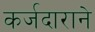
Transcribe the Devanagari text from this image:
कर्जदाराने